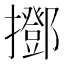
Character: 𢸞